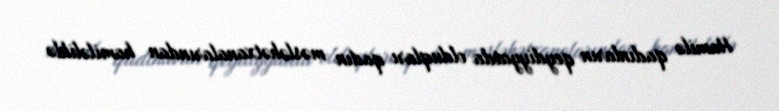
Hamilə qadınların qeydiyyatda olduqları qadın məsləhətxanalarından hamiləliklə